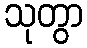
သုတွာ